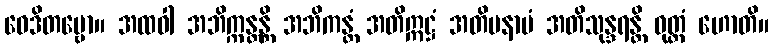
ဝေဒိတဗ္ဗော။ အထဝါ အဘိက္ကန္တန္တိ အဘိကန္တံ အတိဣဋ္ဌံ အတိမနာပံ အတိသုန္ဒရန္တိ ဝုတ္တံ ဟောတိ။